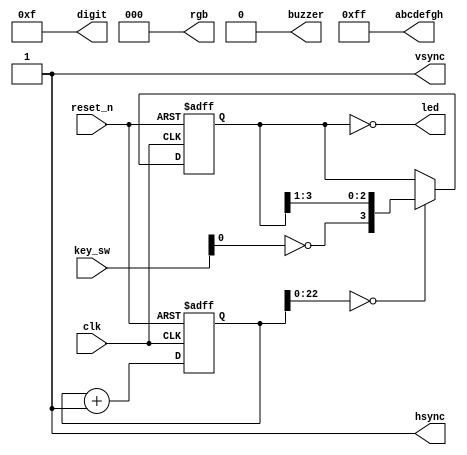
module top
(
    input        clk,
    input        reset_n,
    
    input  [3:0] key_sw,
    output [3:0] led,

    output [7:0] abcdefgh,
    output [3:0] digit,

    output       buzzer,

    output       hsync,
    output       vsync,
    output [2:0] rgb
);

    wire reset = ~ reset_n;

    assign abcdefgh  = 8'hff;
    assign digit     = 4'hf;
    assign buzzer    = 1'b0;
    assign hsync     = 1'b1;
    assign vsync     = 1'b1;
    assign rgb       = 3'b0;
    
    //------------------------------------------------------------------------

    reg [31:0] cnt;
    
    always @ (posedge clk or posedge reset)
      if (reset)
        cnt <= 32'b0;
      else
        cnt <= cnt + 32'b1;
        
    wire enable = (cnt [22:0] == 23'b0);

    //------------------------------------------------------------------------

    wire button_on = ~ key_sw [0];

    reg [3:0] shift_reg;
    
    always @ (posedge clk or posedge reset)
      if (reset)
        shift_reg <= 4'b0;
      else if (enable)
        shift_reg <= { button_on, shift_reg [3:1] };

    assign led = ~ shift_reg;

    // Exercise 1: Make the light move in the opposite direction.

    // Exercise 2: Make the light moving in a loop.
    // Use another key to reset the moving lights back to no lights.

    // Exercise 3: Display the state of the shift register
    // on a seven-segment display, moving the light in a circle.

endmodule